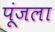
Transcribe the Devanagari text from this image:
पूंजला